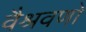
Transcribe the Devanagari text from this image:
वैश्रवणो